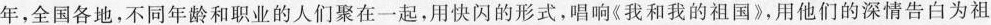
年，全国各地，不同年龄和职业的人们聚在一起，用快闪的形式，唱响《我和我的祖国》，用他们的深情告白为祖